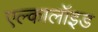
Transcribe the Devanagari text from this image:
एल्कालॉइड